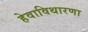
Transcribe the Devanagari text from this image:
हेवाविथारणा